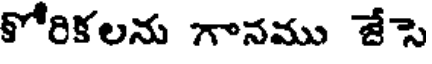
కోరికలను గానము జేసె